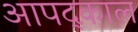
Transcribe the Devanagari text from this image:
आपद्काल